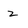
Character: z